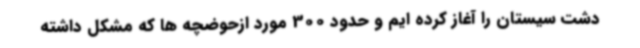
دشت سیستان را آغاز کرده ایم و حدود 300 مورد ازحوضچه ها که مشکل داشته